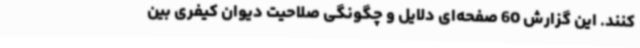
کنند. این گزارش 60 صفحه‌ای دلایل و چگونگی صلاحیت دیوان کیفری بین‌